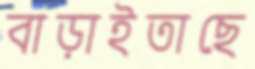
বাড়াইতাছে